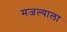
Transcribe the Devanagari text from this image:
मजल्याला